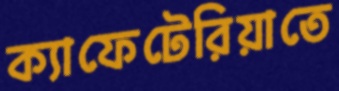
ক্যাফেটেরিয়াতে